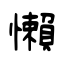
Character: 懶